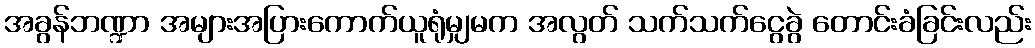
အခွန်ဘဏ္ဍာ အများအပြားကောက်ယူရုံမျှမက အလွတ် သက်သက်ငွေခွဲ တောင်းခံခြင်းလည်း